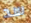
سد